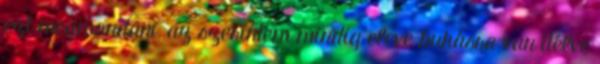
ezt megmondani, az szerintem mindig eleve bukásra van ítélve